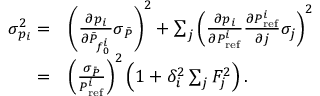
\begin{array} { r l } { \sigma _ { p _ { i } } ^ { 2 } = } & { \left( \frac { \partial p _ { i } } { \partial \bar { P } _ { f _ { 0 } ^ { i } } } \sigma _ { \bar { P } } \right) ^ { 2 } + \sum _ { j } \left( \frac { \partial p _ { i } } { \partial P _ { \mathrm { r e f } } ^ { i } } \frac { \partial P _ { \mathrm { r e f } } ^ { i } } { \partial j } \sigma _ { j } \right) ^ { 2 } } \\ { = } & { \left( \frac { \sigma _ { \bar { P } } } { P _ { \mathrm { r e f } } ^ { i } } \right) ^ { 2 } \left( 1 + \delta _ { i } ^ { 2 } \sum _ { j } F _ { j } ^ { 2 } \right) . } \end{array}